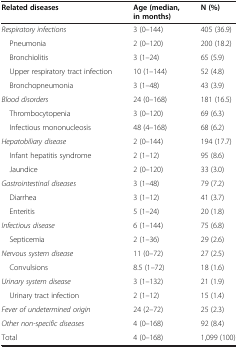
<table><thead><tr><td><b>Related diseases</b></td><td><b>Age (median, in months)</b></td><td><b>N (%)</b></td></tr></thead><tbody><tr><td><i>Respiratory infections</i></td><td>3 (0–144)</td><td>405 (36.9)</td></tr><tr><td> Pneumonia</td><td>2 (0–120)</td><td>200 (18.2)</td></tr><tr><td> Bronchiolitis</td><td>3 (1–24)</td><td>65 (5.9)</td></tr><tr><td> Upper respiratory tract infection</td><td>10 (1–144)</td><td>52 (4.8)</td></tr><tr><td> Bronchopneumonia</td><td>3 (1–48)</td><td>43 (3.9)</td></tr><tr><td><i>Blood disorders</i></td><td>24 (0–168)</td><td>181 (16.5)</td></tr><tr><td> Thrombocytopenia</td><td>3 (0–120)</td><td>69 (6.3)</td></tr><tr><td> Infectious mononucleosis</td><td>48 (4–168)</td><td>68 (6.2)</td></tr><tr><td><i>Hepatobiliary disease</i></td><td>2 (0–144)</td><td>194 (17.7)</td></tr><tr><td> Infant hepatitis syndrome</td><td>2 (1–12)</td><td>95 (8.6)</td></tr><tr><td> Jaundice</td><td>2 (0–120)</td><td>33 (3.0)</td></tr><tr><td><i>Gastrointestinal diseases</i></td><td>3 (1–48)</td><td>79 (7.2)</td></tr><tr><td> Diarrhea</td><td>3 (1–12)</td><td>41 (3.7)</td></tr><tr><td> Enteritis</td><td>5 (1–24)</td><td>20 (1.8)</td></tr><tr><td><i>Infectious disease</i></td><td>6 (1–144)</td><td>75 (6.8)</td></tr><tr><td> Septicemia</td><td>2 (1–36)</td><td>29 (2.6)</td></tr><tr><td><i>Nervous system disease</i></td><td>11 (0–72)</td><td>27 (2.5)</td></tr><tr><td> Convulsions</td><td>8.5 (1–72)</td><td>18 (1.6)</td></tr><tr><td><i>Urinary system disease</i></td><td>3 (1–132)</td><td>21 (1.9)</td></tr><tr><td> Urinary tract infection</td><td>2 (1–12)</td><td>15 (1.4)</td></tr><tr><td><i>Fever of undetermined origin</i></td><td>24 (2–72)</td><td>25 (2.3)</td></tr><tr><td><i>Other non-specific diseases</i></td><td>4 (0–168)</td><td>92 (8.4)</td></tr><tr><td>Total</td><td>4 (0–168)</td><td>1,099 (100)</td></tr></tbody></table>